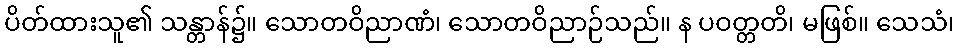
ပိတ်ထားသူ၏ သန္တာန်၌။ သောတဝိညာဏံ၊ သောတဝိညာဉ်သည်။ န ပဝတ္တတိ၊ မဖြစ်။ သေသံ၊